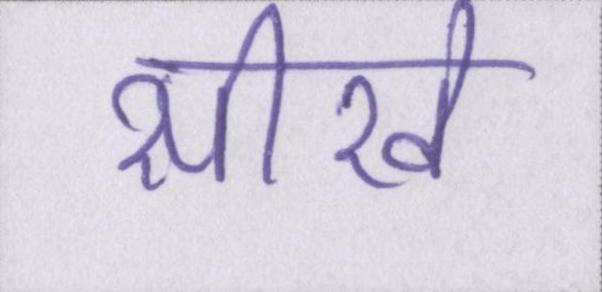
सीखे